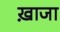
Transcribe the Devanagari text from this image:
ख़ाजा